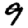
Digit: 9